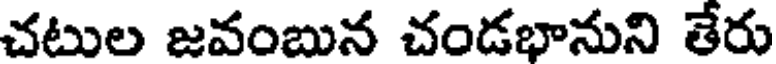
చటుల జవంబున చండభానుని తేరు